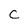
Character: c